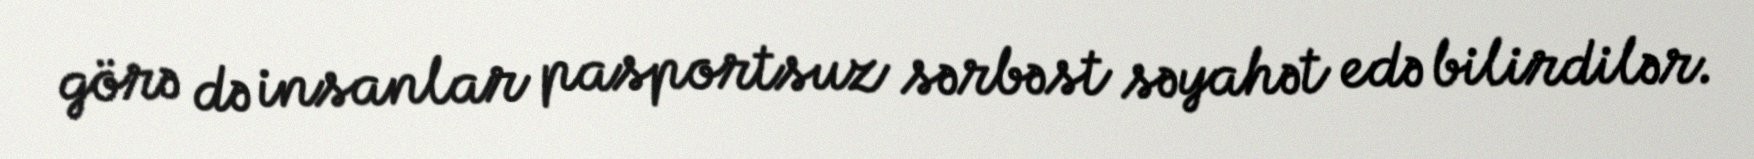
görə də insanlar pasportsuz sərbəst səyahət edə bilirdilər.